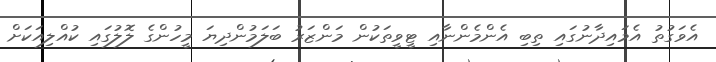
އެވަގުތު އެމައިދާނުގައި ތިބި އެންމެންނާއި ޓީވީތަކުން މަންޒަރު ބަލަމުންދިޔަ މީހުންގެ ލޮލުގައި ކުއްލިއަކަށް